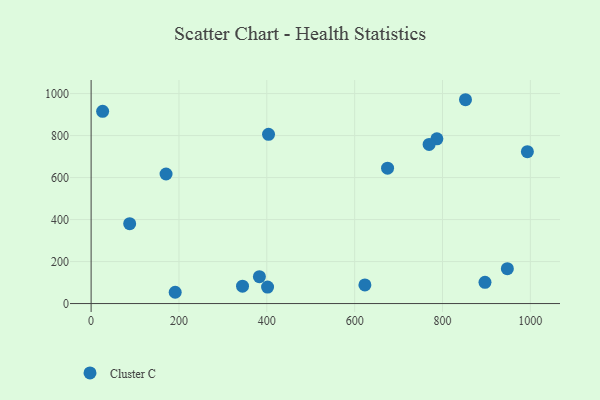
{"axis": {"x": "Speed", "y": "Sales"}, "legend": ["Cluster C"], "data": [{"x": "993.2", "y": 723.4, "type": "Cluster C"}, {"x": "170.6", "y": 616.8, "type": "Cluster C"}, {"x": "852.3", "y": 970.6, "type": "Cluster C"}, {"x": "947.6", "y": 166.2, "type": "Cluster C"}, {"x": "401.7", "y": 78.6, "type": "Cluster C"}, {"x": "403.9", "y": 805.9, "type": "Cluster C"}, {"x": "623.3", "y": 88.7, "type": "Cluster C"}, {"x": "383.1", "y": 127.8, "type": "Cluster C"}, {"x": "674.9", "y": 644.6, "type": "Cluster C"}, {"x": "191.4", "y": 53.7, "type": "Cluster C"}, {"x": "344.7", "y": 82.6, "type": "Cluster C"}, {"x": "787.2", "y": 784.6, "type": "Cluster C"}, {"x": "896.7", "y": 101.3, "type": "Cluster C"}, {"x": "26.2", "y": 915.4, "type": "Cluster C"}, {"x": "87.8", "y": 380.4, "type": "Cluster C"}, {"x": "769.5", "y": 757.6, "type": "Cluster C"}]}